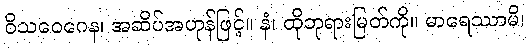
ဝိသဝေဂေန၊ အဆိပ်အဟုန်ဖြင့်။ နံ၊ ထိုဘုရားမြတ်ကို။ မာရေဿာမိ၊